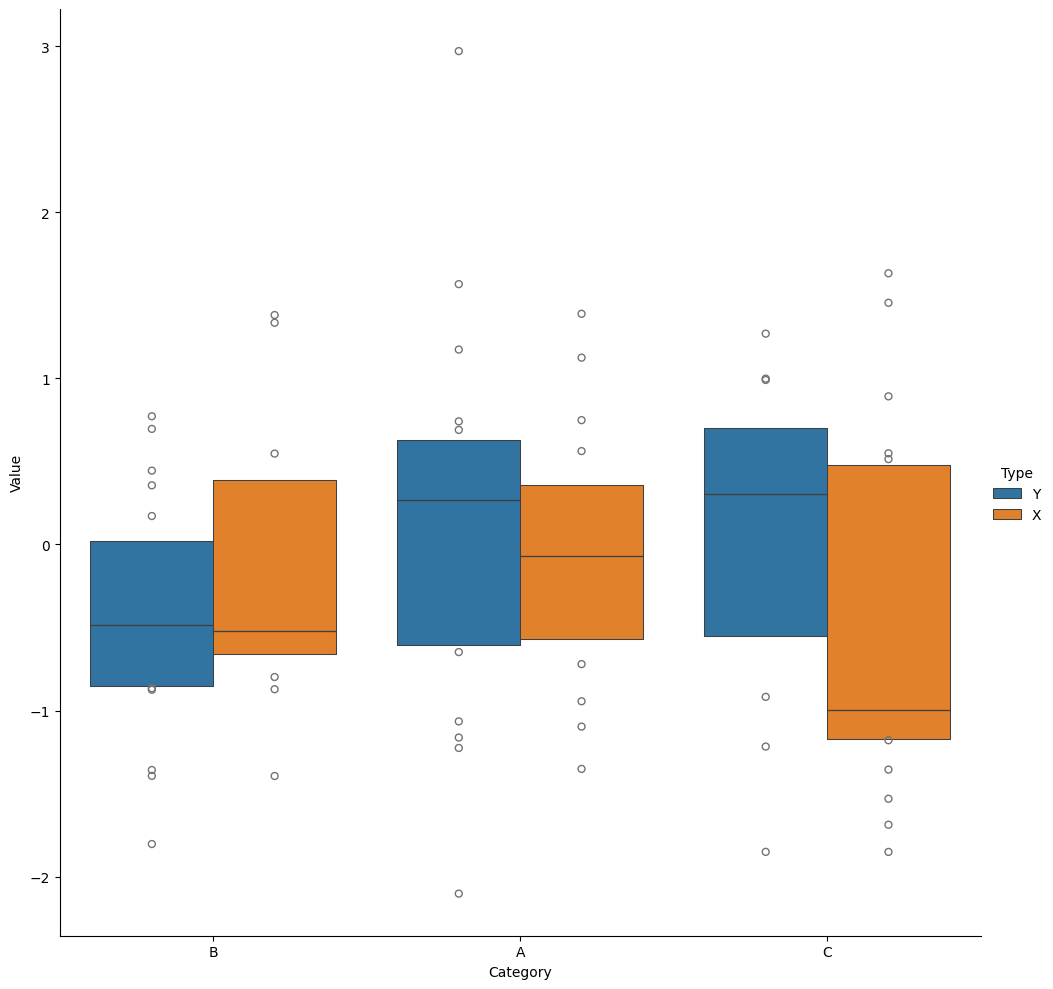
python, seaborn, catplot, kind='boxen', height=10, aspect=1